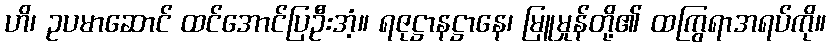
ဟိ၊ ဥပမာဆောင် ထင်အောင်ပြဦးအံ့။ ရဇုဋ္ဌာနဋ္ဌာနေ၊ မြူမှုန်တို့၏ ထကြွရာအရပ်ကို။